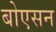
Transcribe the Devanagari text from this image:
बोएसन